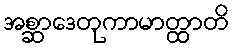
အစ္ဆာဒေတုကာမာတ္ထာတိ